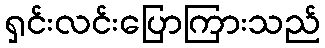
ရှင်းလင်းပြောကြားသည်